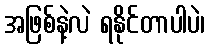
အဖြစ်နဲ့လဲ ရနိုင်တာပါပဲ၊